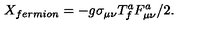
X _ { f e r m i o n } = - g \sigma _ { \mu \nu } T _ { f } ^ { a } F _ { \mu \nu } ^ { a } / 2 .